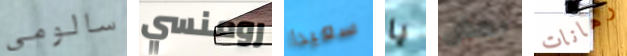
سالومي رومنسي سعيدا يا بعض رهانات